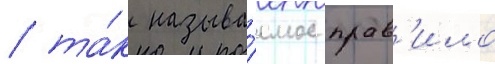
/ та́к называ́емое прав'ило